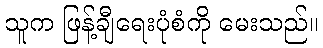
သူက ဖြန့်ချီရေးပုံစံကို မေးသည်။